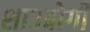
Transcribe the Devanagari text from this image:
शाउबोगी